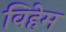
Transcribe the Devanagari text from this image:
विहेम